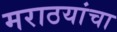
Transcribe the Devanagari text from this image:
मराठयांचा